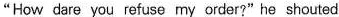
"How dare you refuse my order?" he shouted.